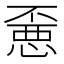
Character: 𰑼